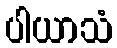
ပါယာသံ